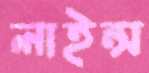
লাইন্স